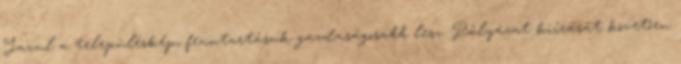
Javul a településkép, fenntartásuk gazdaságosabb lesz. Pályázat kiírását követően